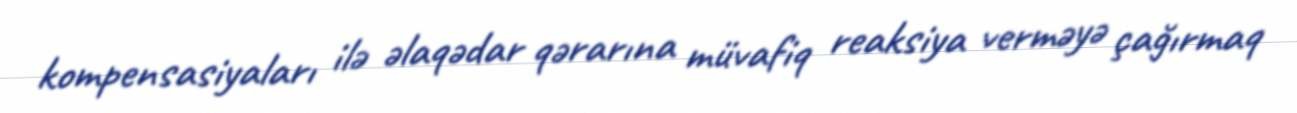
kompensasiyaları ilə əlaqədar qərarına müvafiq reaksiya verməyə çağırmaq